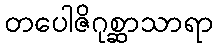
တပေါဇိဂုစ္ဆာသာရာ